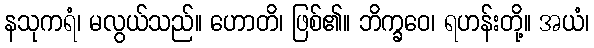
နသုကရံ၊ မလွယ်သည်။ ဟောတိ၊ ဖြစ်၏။ ဘိက္ခဝေ၊ ရဟန်းတို့။ အယံ၊